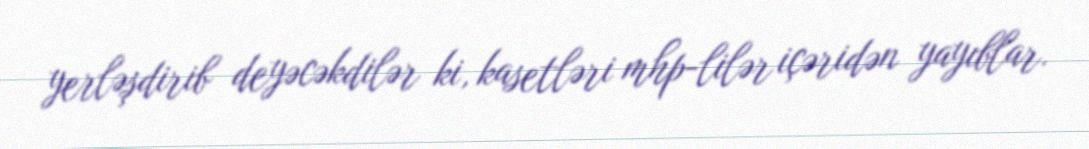
yerləşdirib deyəcəkdilər ki, kasetləri mhp-lilər içəridən yayıblar.